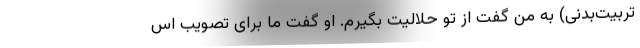
تربیت‌بدنی) به من گفت از تو حلالیت بگیرم. او گفت ما برای تصویب اس